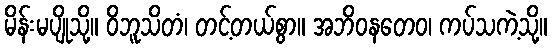
မိန်းမပျိုသို့။ ဝိဘူသိတံ၊ တင့်တယ်စွာ။ အဘိဝနတေဝ၊ ကပ်သကဲ့သို့။